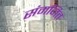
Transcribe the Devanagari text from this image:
संमजित